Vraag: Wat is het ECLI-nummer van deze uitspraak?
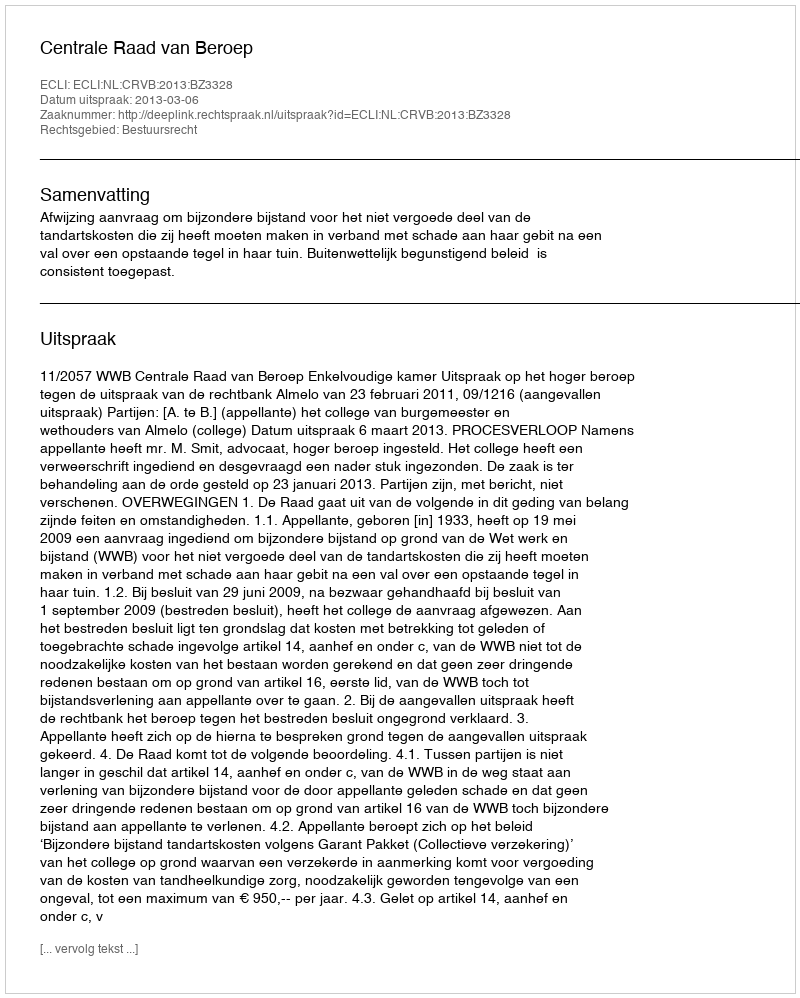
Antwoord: ECLI:NL:CRVB:2013:BZ3328